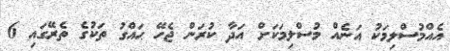
އެއްމުސްލިމަކު އަނެއް މުސްލިމަކަށް އަދާ ކުރަން ޖެހޭ ޙައްގު ތަކުގެ ތެރޭގައި 6